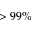
> 9 9 \%